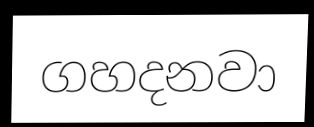
ගහදනවා